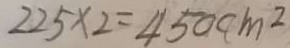
2 2 5 \times 2 = 4 5 0 c m ^ { 2 }